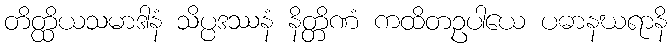
တိတ္ထိယသမာဒါနံ သိပ္ပဒဿနံ နိတ္တိဏံ ကထိတဥပါယေ ပဓာနဃရာနိ